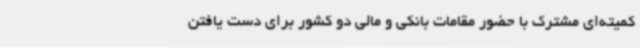
کمیته‌ای مشترک با حضور مقامات بانکی و مالی دو کشور برای دست یافتن